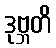
ဒုဗ္ဘတိ